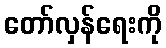
တော်လှန်ရေးကို